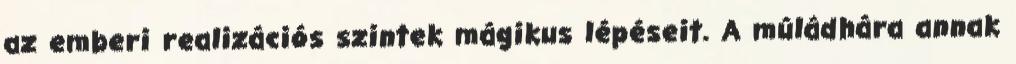
az emberi realizációs szintek mágikus lépéseit. A múládhára annak